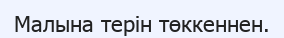
Малына терін төккеннен.